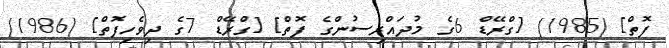
ފޮތް] (1985) [ގްރޭޑް 6ގެ މުދައްރިސުންގެ ފޮތް] [ގްރޭޑް 7ގެ ދިވެހިފޮތް] (1986)